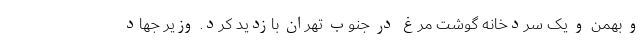
و بهمن و یک سردخانه گوشت مرغ در جنوب تهران بازدید کرد. وزیر جهاد